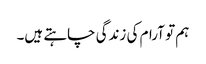
ہم تو آرام کی زندگی چاہتے ہیں۔